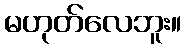
မဟုတ်လေဘူး။